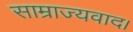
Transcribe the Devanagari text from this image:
साम्राज्यवाद।